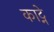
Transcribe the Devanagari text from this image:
काट्ने